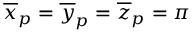
\overline { { x } } _ { p } = \overline { { y } } _ { p } = \overline { { z } } _ { p } = \pi